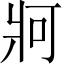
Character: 牁